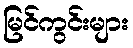
မြင်ကွင်းများ